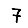
Digit: 7